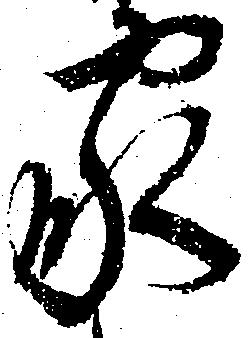
家